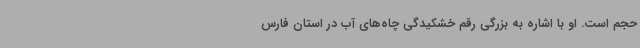
حجم است. او با اشاره به بزرگی رقم خشکیدگی چاه‌های آب در استان فارس